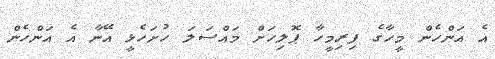
އެ އަންހެން މީހާގެ ފިރިމީހާ ޕޮލިހަށް މައްސަލަ ހުށަހެޅީ އޭނާ އެ އަންހެން